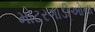
મોટરગાડીઓના